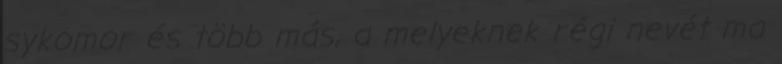
sykomor és több más, a melyeknek régi nevét ma